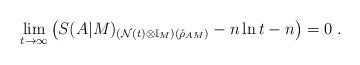
LaTeX: \begin{align*}\lim_{t\to\infty}\left(S(A|M)_{(\mathcal{N}(t)\otimes\mathbb{I}_M)(\hat{\rho}_{AM})} - n\ln t - n\right) = 0\;.\end{align*}